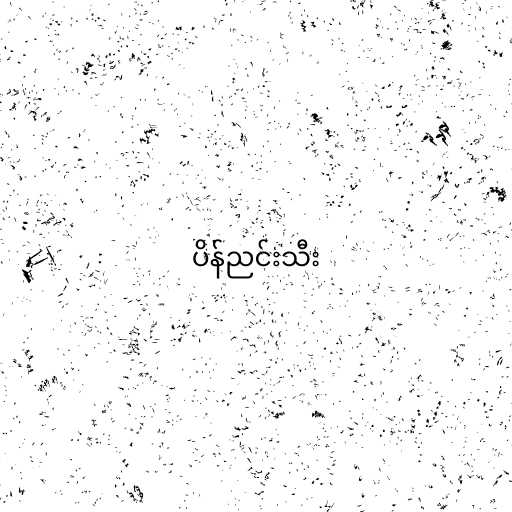
ပိန်ညင်းသီး